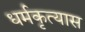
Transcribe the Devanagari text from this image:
धर्मकृत्यास